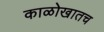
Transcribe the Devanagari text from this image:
काळोखातच